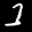
Label: 1